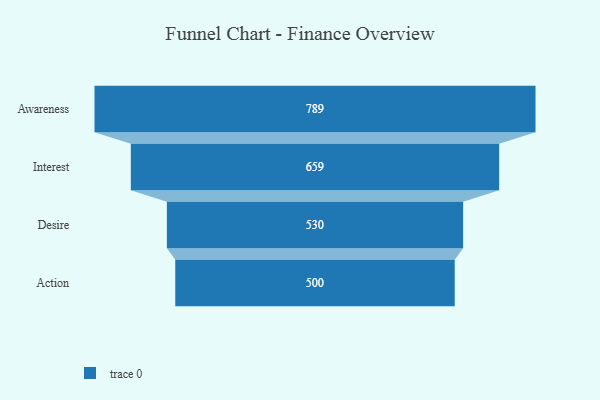
{"axis": {"x": "Stage", "y": "Value"}, "legend": [""], "data": [{"x": "Awareness", "y": 789.0, "type": ""}, {"x": "Interest", "y": 659.0, "type": ""}, {"x": "Desire", "y": 530.0, "type": ""}, {"x": "Action", "y": 500, "type": ""}]}